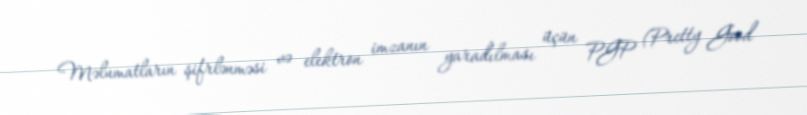
Məlumatların şifrlənməsi və elektron imzanın yaradılması üçün PGP (Pretty Good